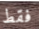
فقط